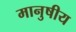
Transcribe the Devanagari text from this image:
मानुषीय